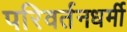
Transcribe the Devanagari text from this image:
परिवर्तनधर्मी